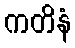
ကတိနံ